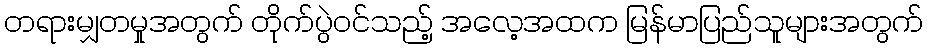
တရားမျှတမှုအတွက် တိုက်ပွဲဝင်သည့် အလေ့အထက မြန်မာပြည်သူများအတွက်